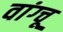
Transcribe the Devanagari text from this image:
वांग्चू